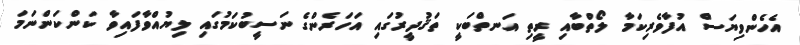
އެހެންވިޔަސް އުފާވެރިކަމާ ލޯތްބާއި ރީތި އަނތްބަކީ ތަޤުދީރުގައި އަހަރެންގެ ނަސީބުކަމުގައި ލިޔުއްވާފައިވާ ކަންކަންނަމަ